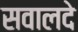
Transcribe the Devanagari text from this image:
सवालदे